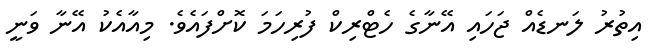
އިތުރު ލަނޑެއް ޖަހައި އޭނާގެ ހެޓްރިކް ފުރިހަމަ ކޮށްފައެވެ. މިއާއެކު އޭނާ ވަނީ